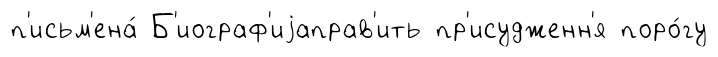
п'исьм'ена́ Б'иограф'иjаправ'ить пр'исудженн'я поро́гу